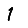
Digit: 1